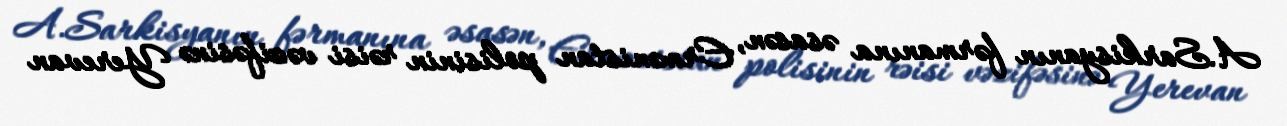
A.Sarkisyanın fərmanına əsasən, Ermənistan polisinin rəisi vəzifəsinə Yerevan